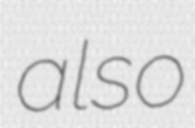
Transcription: also